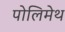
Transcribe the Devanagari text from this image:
पोलिमेथ